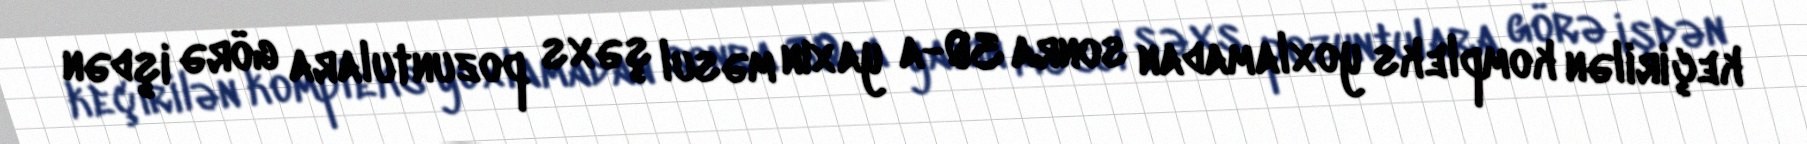
keçirilən kompleks yoxlamadan sonra 30-a yaxın məsul şəxs pozuntulara görə işdən